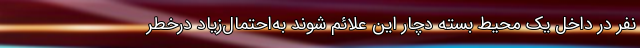
نفر در داخل یک محیط بسته دچار این علائم شوند به‌احتمال‌زیاد درخطر